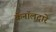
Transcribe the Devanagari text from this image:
कॅनॉलद्वारे